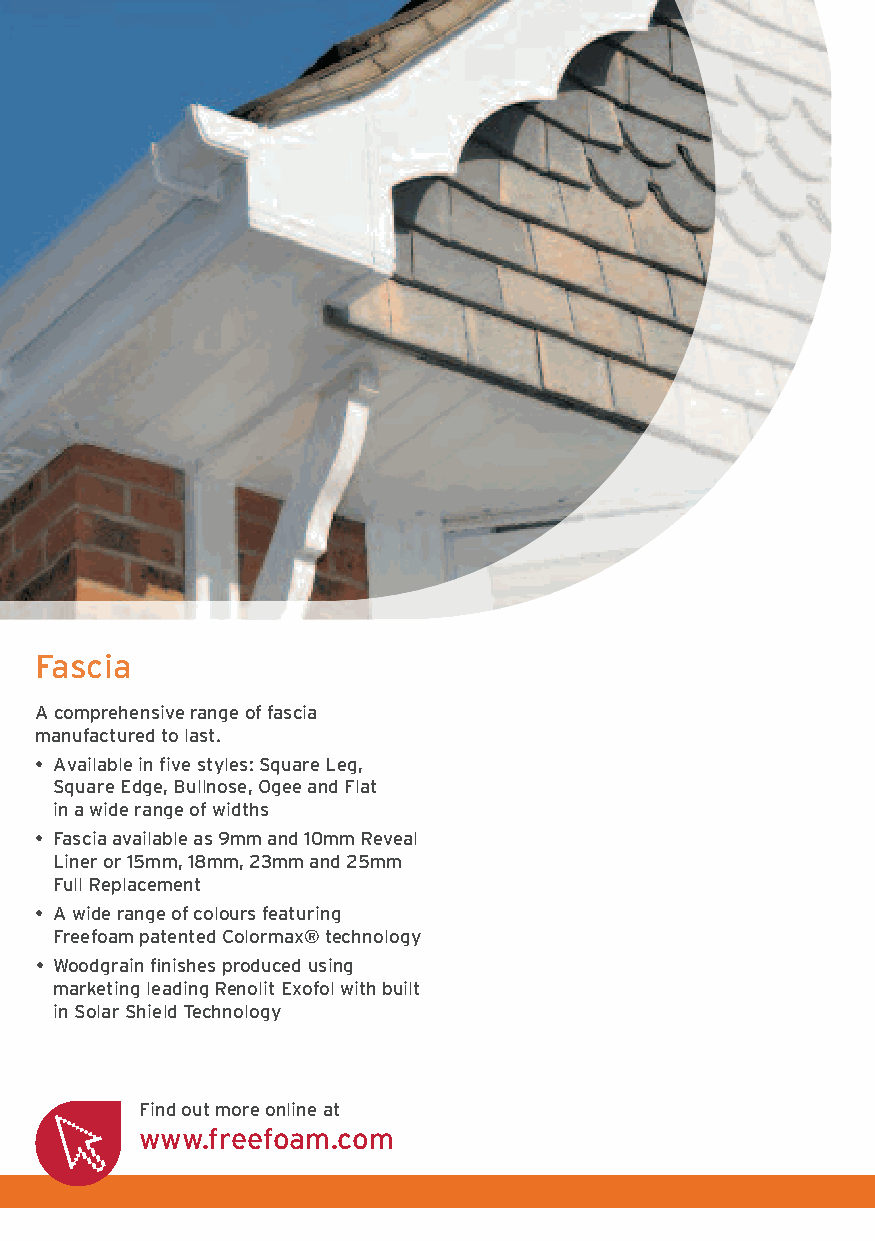
Fascia
 A comprehensive range of fascia
 manufactured to last.
 • Available in five styles: Square Leg,
 Square Edge, Bullnose, Ogee and Flat
 in a wide range of widths
 • Fascia available as 9mm and 10mm Reveal
 Liner or 15mm, 18mm, 23mm and 2 5mm
 Full Replacement
 • A wide range of colours featuring
 Freefoam patented Colormax® technology
 • Woodgrain finishes produced using
 marketing leading Renolit Exofol with built
 in Solar Shield Technology
 Find out more online at
 www.freefoam.com